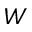
\boldsymbol { W }